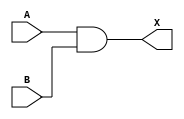
`timescale 1ns / 1ps

module and_gate(
    input A,
    input B,
    output X
    );
    
    assign X = A & B;
endmodule